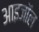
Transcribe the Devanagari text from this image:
आइजॉल